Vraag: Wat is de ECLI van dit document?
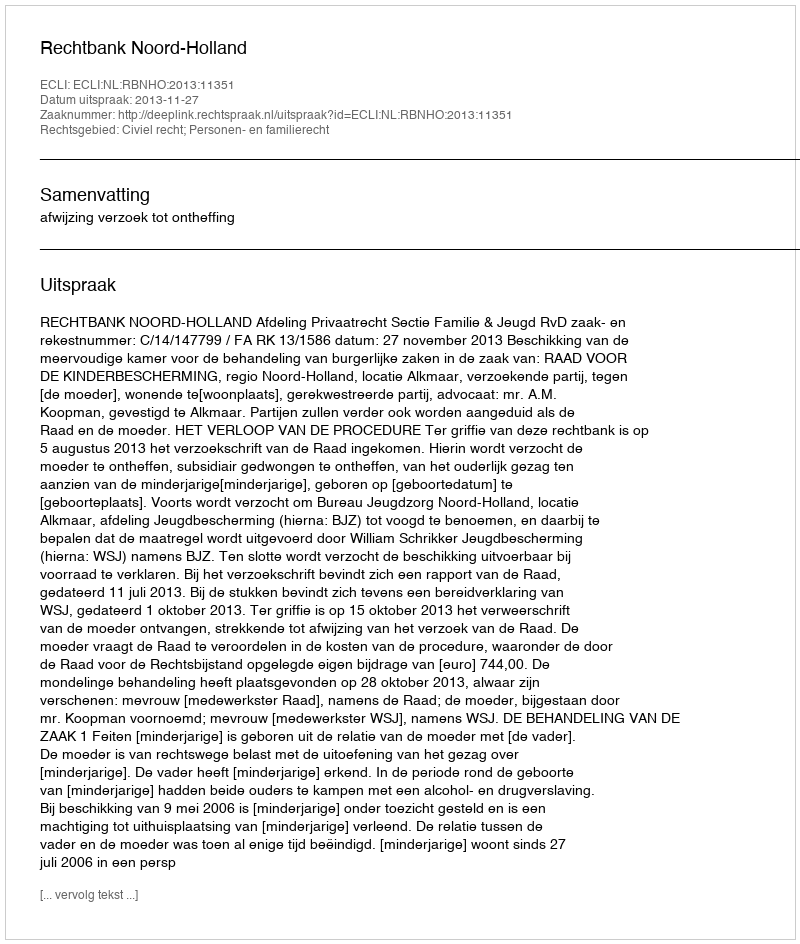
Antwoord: ECLI:NL:RBNHO:2013:11351